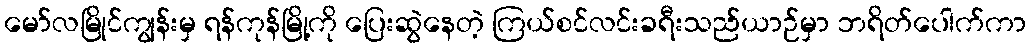
မော်လမြိုင်ကျွန်းမှ ရန်ကုန်မြို့ကို ပြေးဆွဲနေတဲ့ ကြယ်စင်လင်းခရီးသည်ယာဉ်မှာ ဘရိတ်ပေါက်ကာ